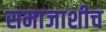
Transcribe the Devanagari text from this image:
समाजाशीच